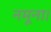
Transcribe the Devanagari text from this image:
नमूना।